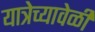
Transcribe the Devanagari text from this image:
यात्रेच्यावेळी